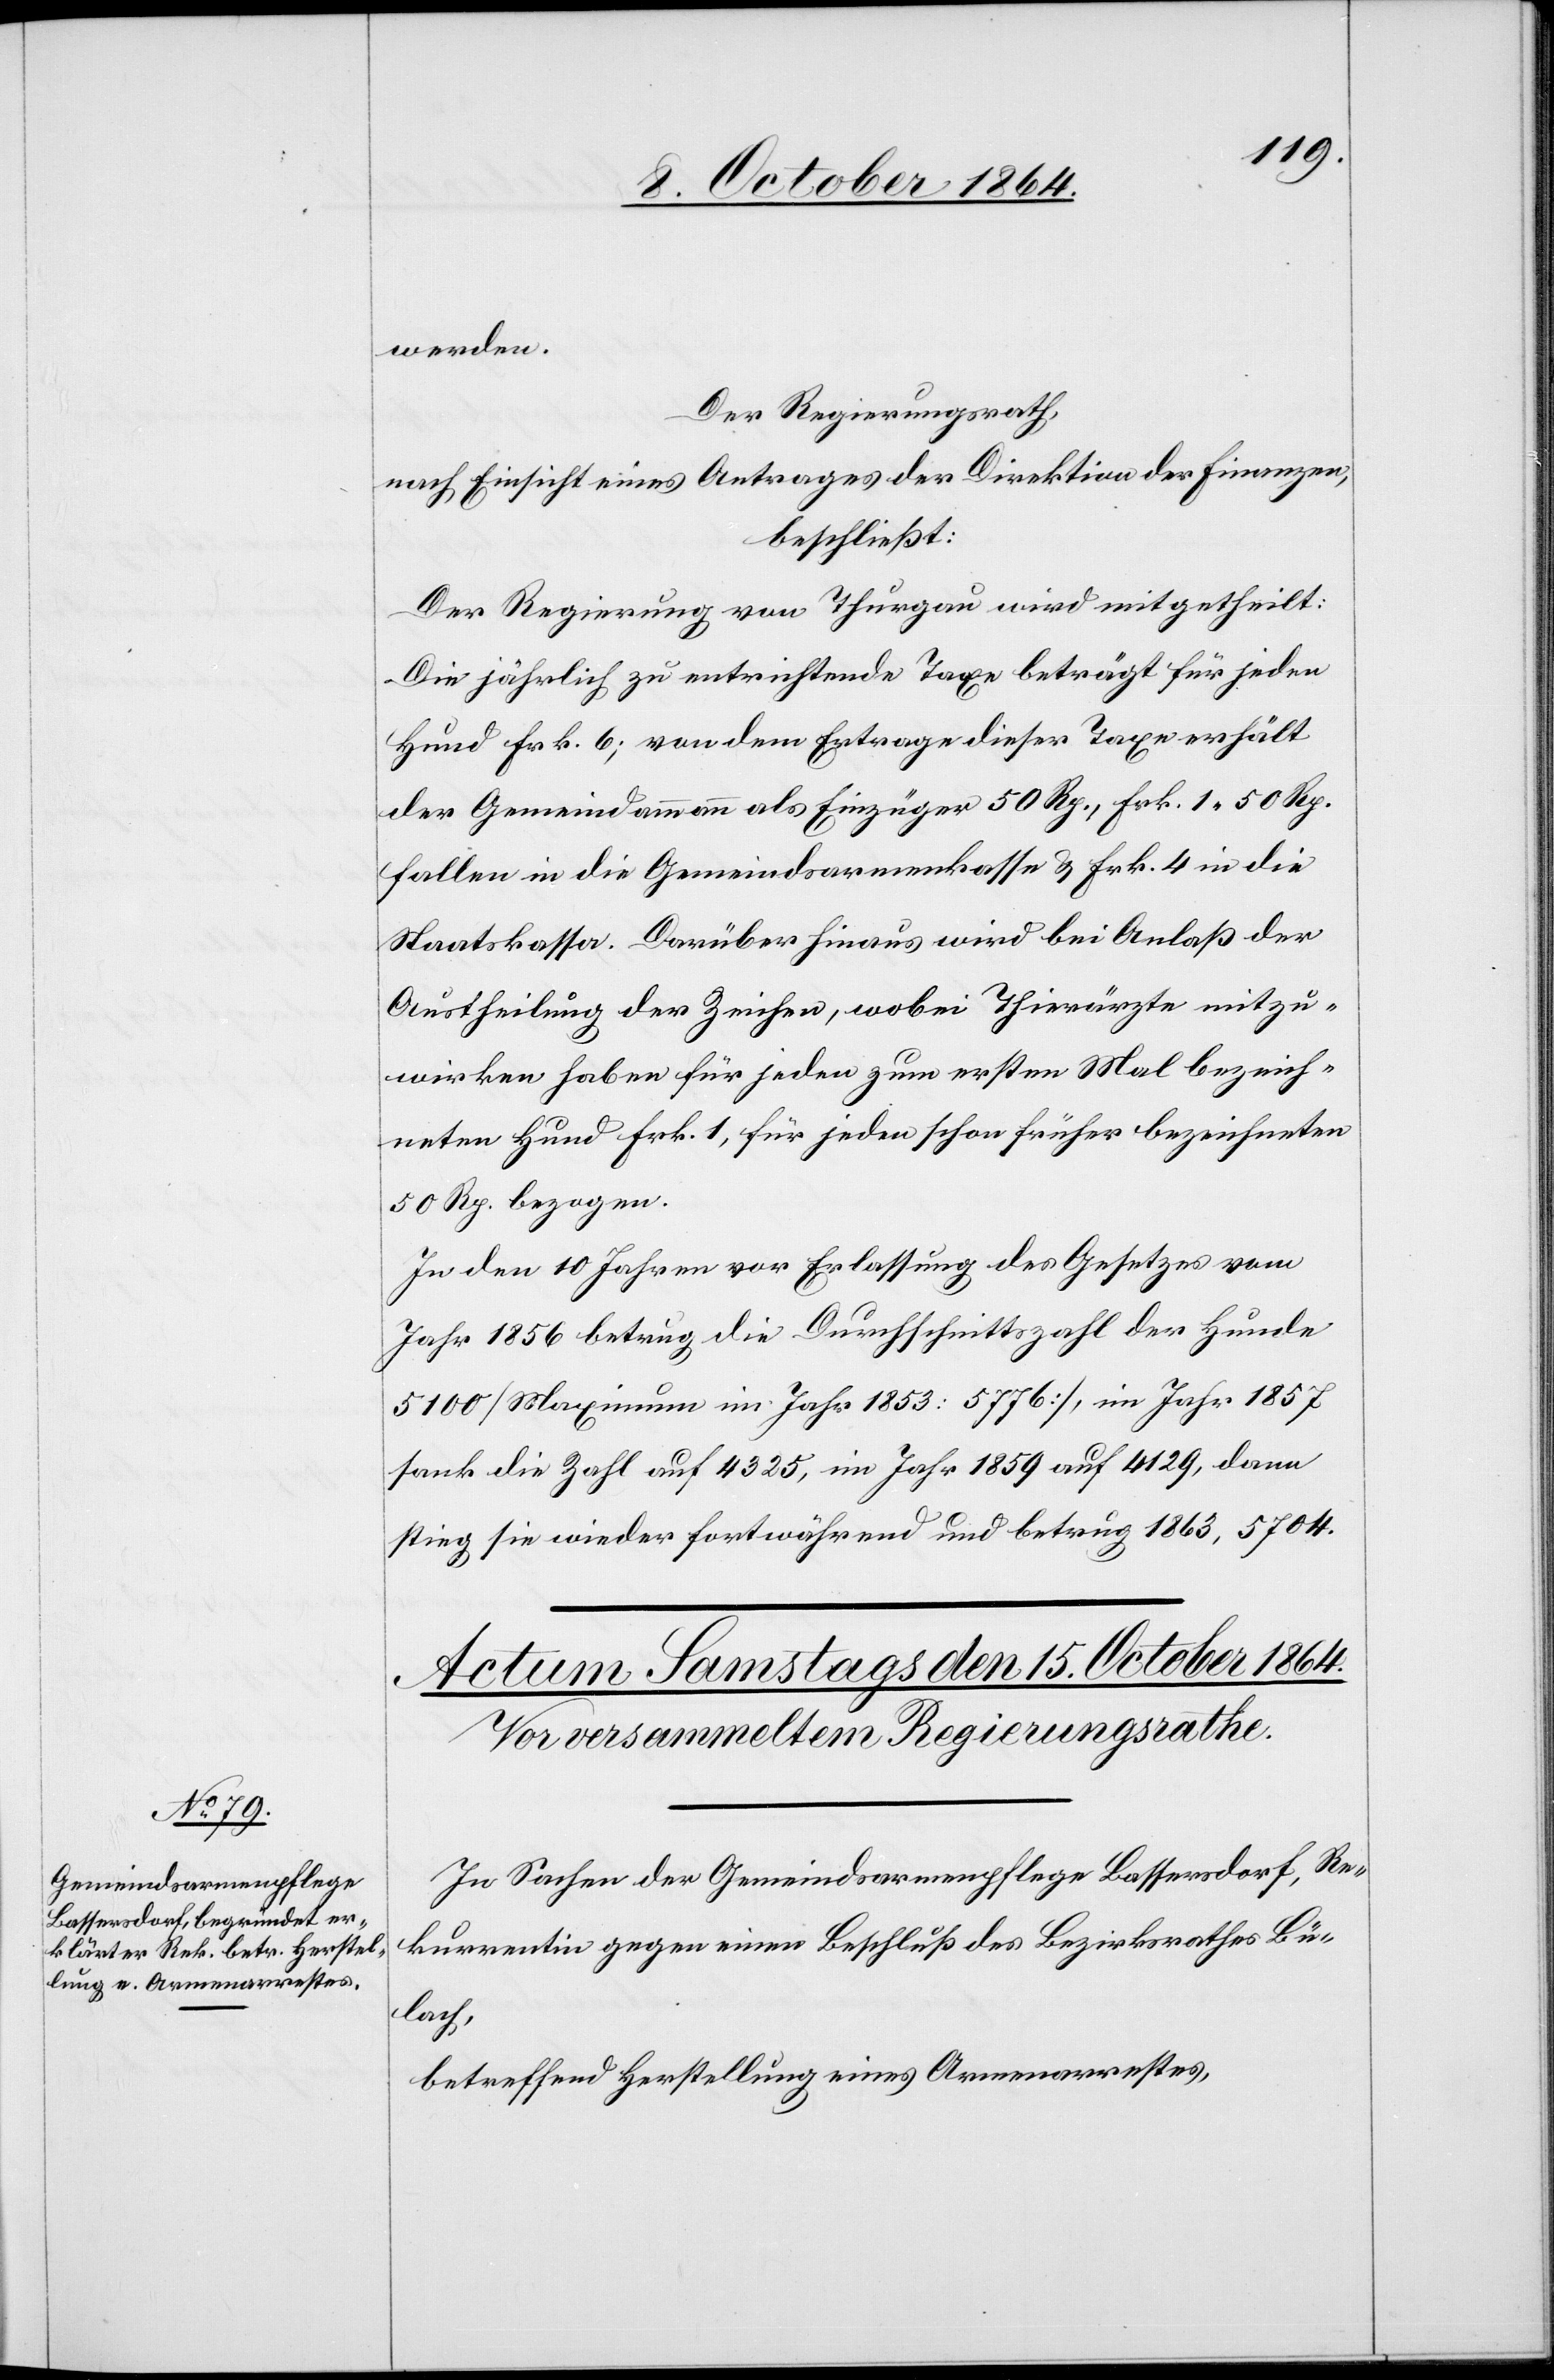
werden.
Der Regierungsrath,
nach Einsicht eines Antrages der Direktion der Finanzen,
beschließt:
Der Regierung von Thurgau wird mitgetheilt:
Die jährlich zu entrichtende Taxe beträgt für jeden
Hund Frk. 6; von dem Ertrage dieser Taxe erhält
der Gemeindammann als Einzüger 50 Rp., Frk. 1.50 Rp.
fallen in die Gemeindekasse & Frk. 4 in die
Staatskasse. Darüber hinaus wird bei Anlaß der
Austheilung der Zeichen, wobei Thierärzte mitzu¬
wirken haben für jeden zum ersten Mal bezeich¬
neten Hunde Frk. 1, für jeden schon früher bezeichneten
50 Rp. bezogen.
In den 10 Jahren vor Erlassung des Gesetzes vom
Jahr 1856 betrug die Durchschnittszahl der Hunde
5100 [Maximum im Jahr 1853: 5776] im Jahr 1857
sank die Zahl auf 4325, im Jahr 1859 auf 4129, dann
stieg sie wieder fortwährend und betrug 1863, 5704.
In Sachen der Gemeindsarmenpflege Bassersdorf, Re¬
kurrentin gegen einen Beschluß des Bezirksrathes Bü¬
lach,
betreffend Herstellung eines Armenarrestes,